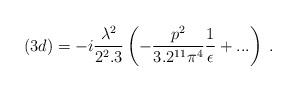
LaTeX: \begin{align*}(3d)=- i\frac{\lambda^2}{2^2.3} \left( -\frac{p^2}{3.2^{11}\pi^4} \frac{1}{\epsilon} + ...\right)\; .\end{align*}